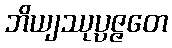
ဘိယျဿုပ္ပဇ္ဇတေ